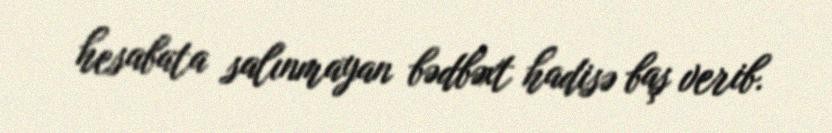
hesabata salınmayan bədbəxt hadisə baş verib.